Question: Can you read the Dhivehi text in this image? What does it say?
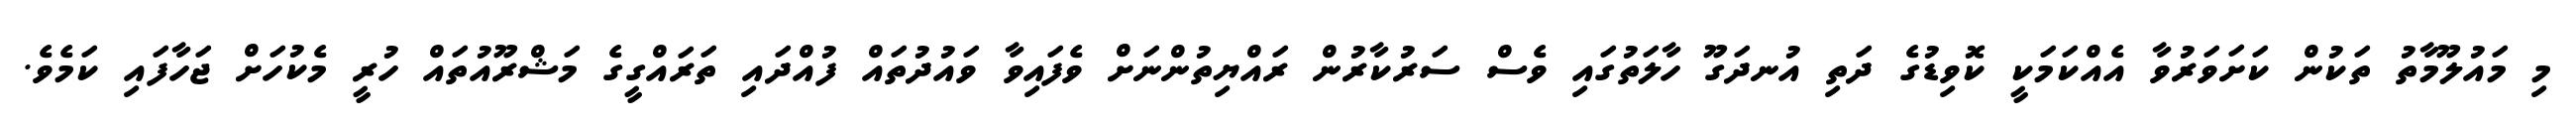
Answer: މި މައުލޫމާތު ތަކުން ކަށަވަރުވާ އެއްކަމަކީ ކޮވިޑުގެ ދަތި އުނދަގޫ ހާލަތުގައި ވެސް ސަރުކާރުން ރައްޔިތުންނަށް ވެފައިވާ ވައުދުތައް ފުއްދައި ތަރައްގީގެ މަޝްރޫއުތައް ހުރީ މެކުހަށް ޖަހާފައި ކަމެވެ.